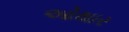
ઓથાર